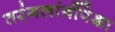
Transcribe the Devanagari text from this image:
तरंगलांबींपेक्षा